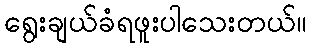
ရွေးချယ်ခံရဖူးပါသေးတယ်။